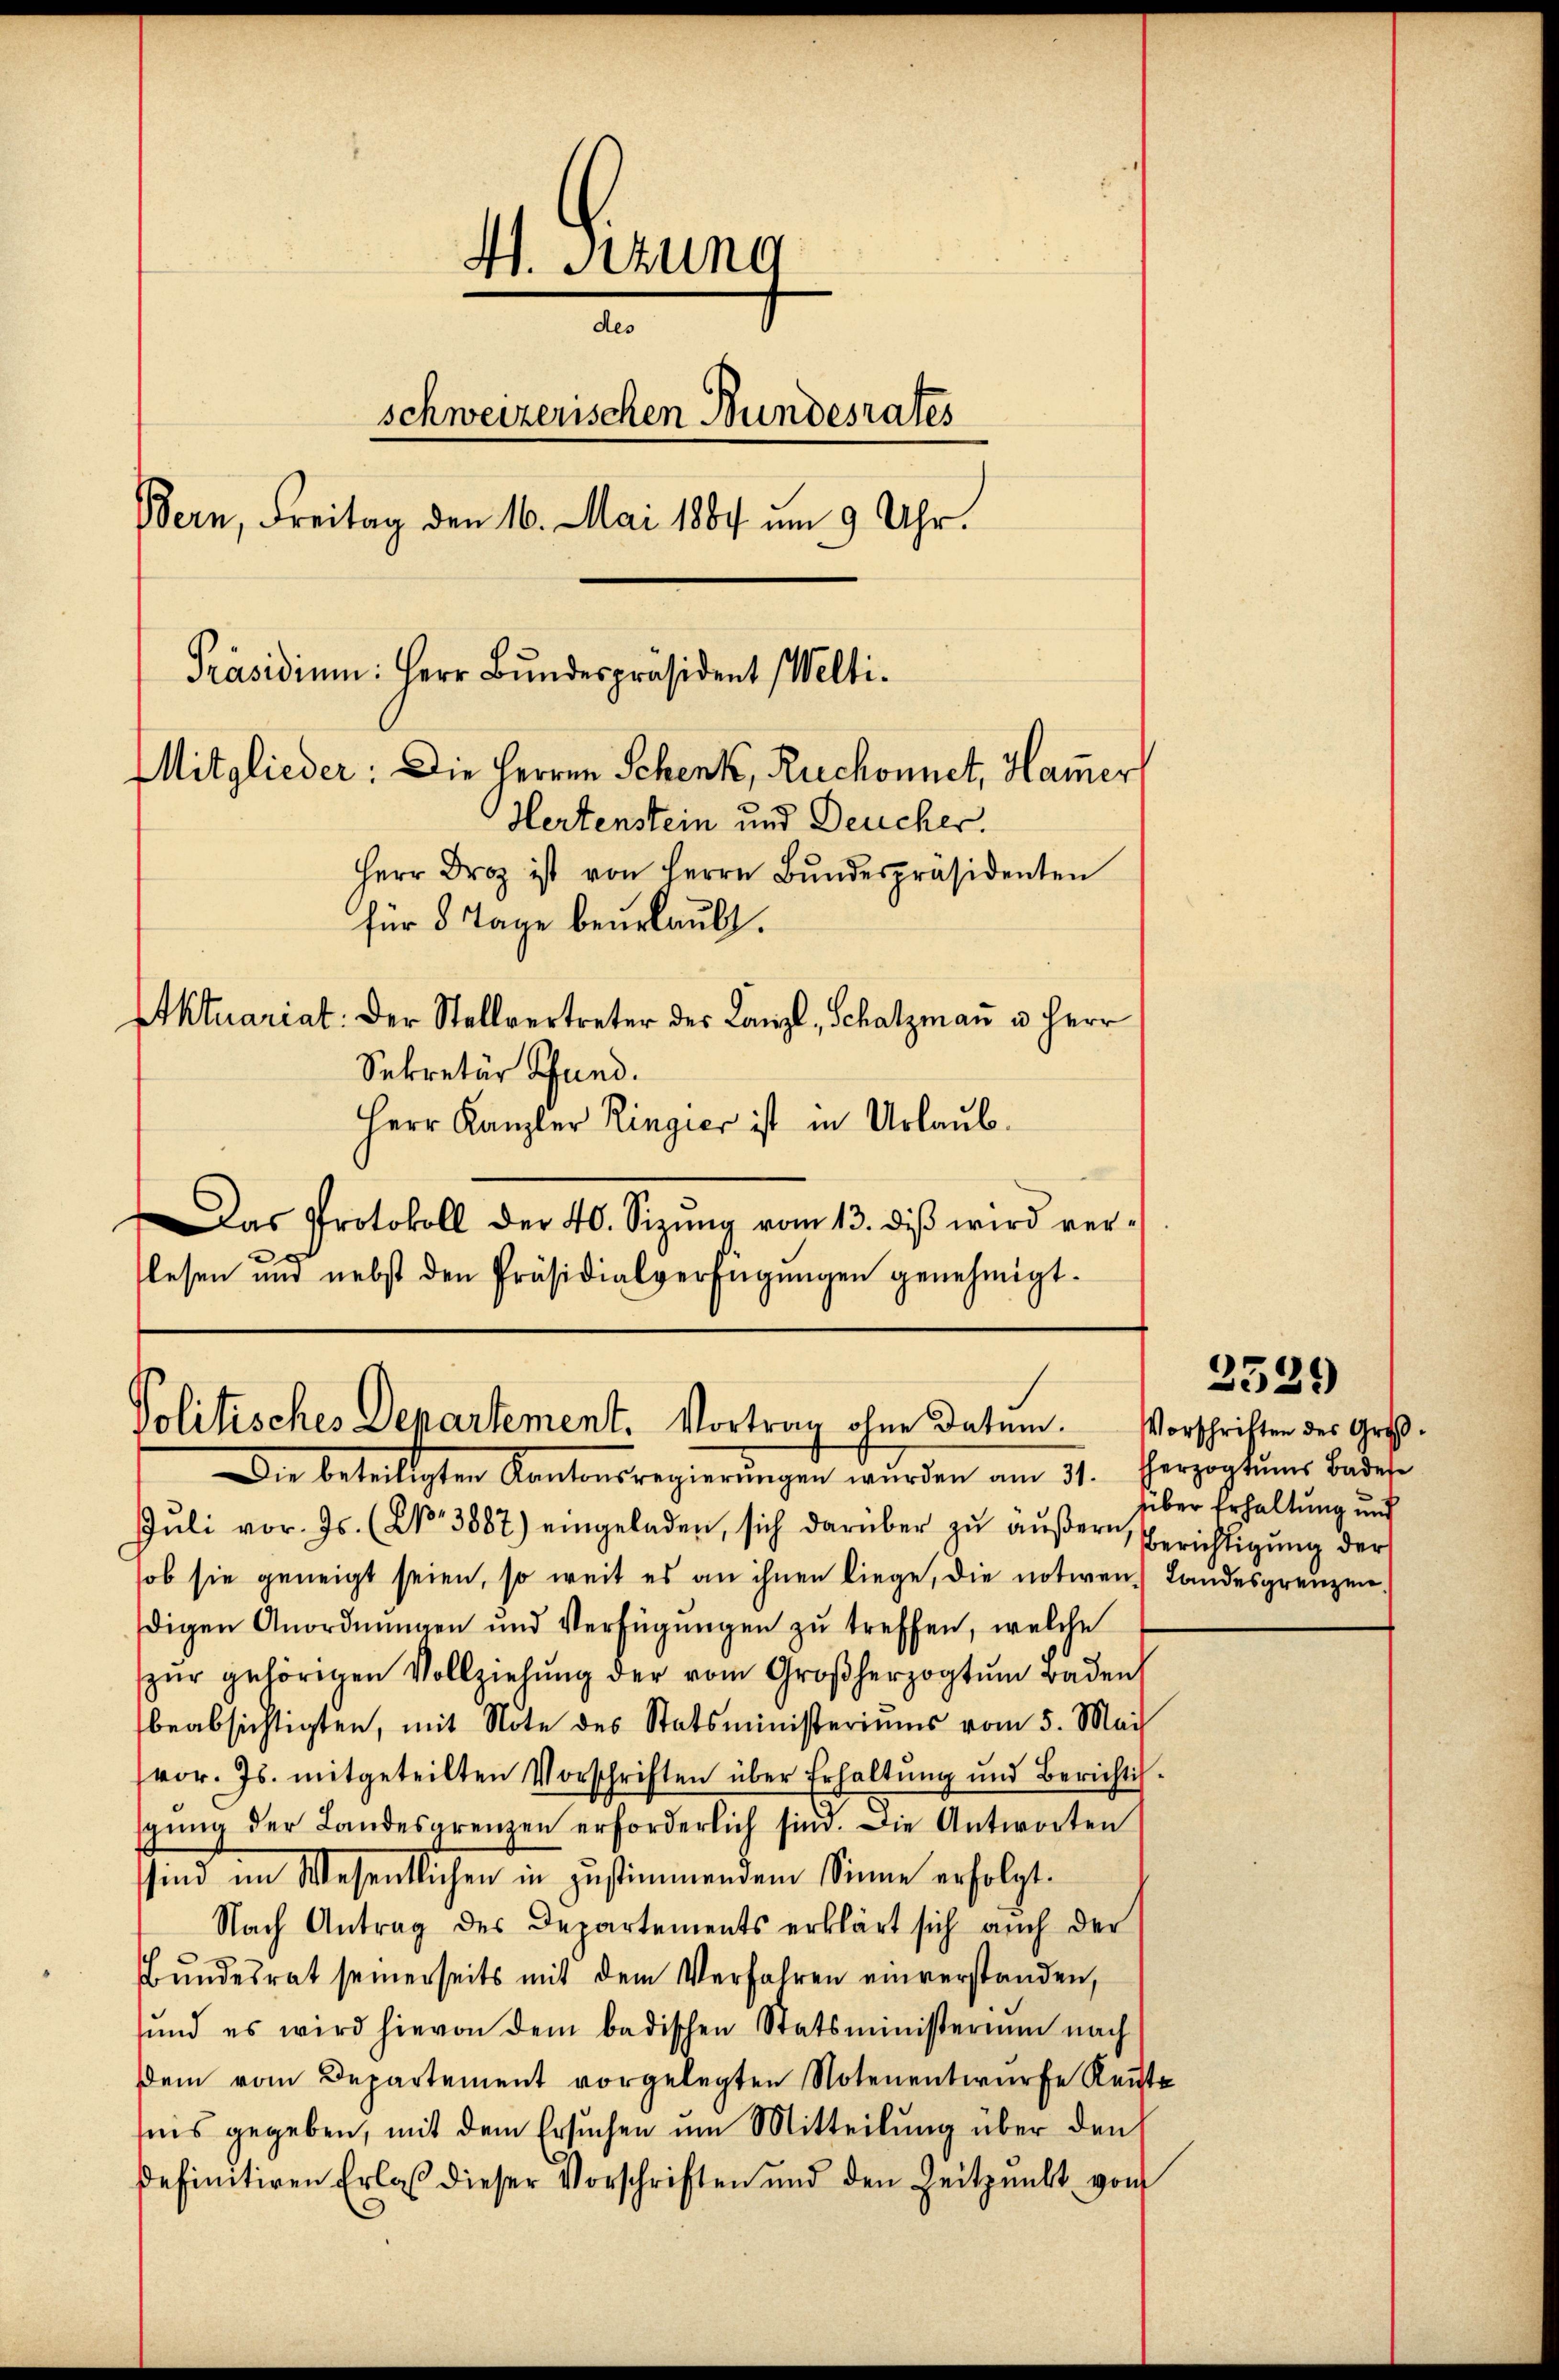
H. Stung
des
schweizerischen Bundesrates
Bern, Freitag den 16. Mai 1884 um 9 Uhr.
Präsidium: Herr Bundespräsident Welti.
Mitglieder: Die Herren Schenk, Ruechonnet, Hammer
Hertenstein und Deucher.
Herr Droz ist von Herrn Bŭndespräsidenten
für 8 Tage beurlaubt.
Aktuariat: Der Stellvertreter der Canzl, Schatzmann u. Herr

Sekretär Pfand.
Herr Kanzler Ringier ist in Urlaub¬
Das Protokoll der 40. Sizŭng vom 13. diβ wird ver¬
.
lesen und nebst den Präsidialverfügŭngen genehmigt.

Die beteiligten Kantonsregierŭngen würden am 31. Herzogtums Bades
Jŭli vor. Js. (C. 3887) eingeladen, sich darüber zŭ aŭβern Berichtigŭng der
sob sie geneigt seien, so weit es an ihnen liege, die notiren Landesgrenzen,
digen Anordnŭngen und Verfügŭngen zŭ treffen, welche
pŭr gehörigen Vollziehŭng der vom Großherzogtŭm Baden,
beabsichtigten, mit Note des Statsministeriums vom 5. Mai
vor. Js. mitgeteilten Vorschriften über Erhaltŭng und Berichtig-
sgŭng der Landesgrenzen erforderlich sind. Die Antworten
sind im Wesentlichen in zustimmendem Sinne erfolgt.
Nach Antrag des Departements erklärt sich auch der
Bŭndesrat seinerseits mit dem Verfahren einverstanden,
sund es wird hievon dem badischen Statsministerium nach
dem vom Departement vorgelegten Notenentwürfe Reit
seis gegeben, mit dem Ersuchen um Mitteilung über den
definitiven Erlaß dieser Vorschriften und den Zeitpunkt von

Politisches Departement. Vortrag ohne Datum. Vorschriften des Groß¬

2539

über Erhaltung und